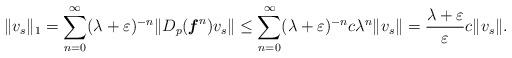
LaTeX: \begin{align*} \Vert v_{s}\Vert_{1} =\sum_{n=0} ^{\infty} (\lambda+\varepsilon)^{-n}\Vert D_{p}(\textbf{\textit{f}}^{n}) v_{s}\Vert\leq \sum_{n=0} ^{\infty} (\lambda+\varepsilon)^{-n}c\lambda^{n}\Vert v_{s}\Vert =\frac{\lambda+\varepsilon}{\varepsilon}c\Vert v_{s}\Vert.\end{align*}